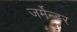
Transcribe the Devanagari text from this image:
जर्मेन्डर